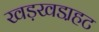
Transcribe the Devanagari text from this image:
खड़खडा़हट